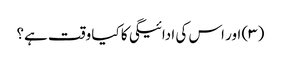
(۳) اور اس کی ادائیگی کا کیا وقت ہے؟